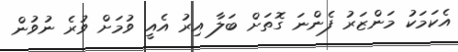
އެކަމަކު މަންޒަރު ފެންނަ ގޮތަށް ބަލާ އިރު އެއީ ވުމަށް ވުރެ ނުވުން